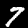
Digit: 7